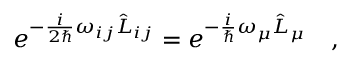
e ^ { - \frac { i } { 2 \hbar } \omega _ { i j } \hat { L } _ { i j } } = e ^ { - \frac { i } { \hbar } \omega _ { \mu } \hat { L } _ { \mu } } \ \ \ ,